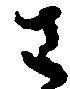
さ